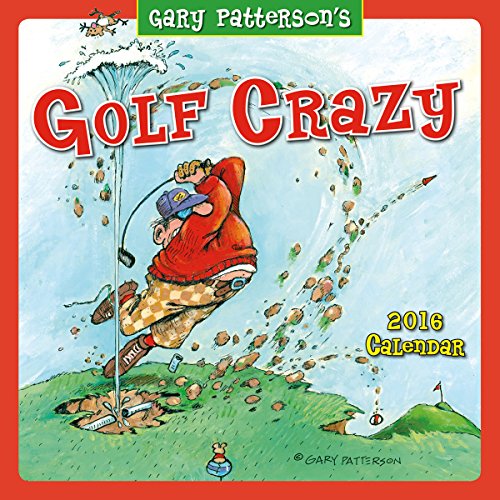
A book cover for Golf Crazy by Gary Patterson 2016 Wall Calendar; Gary Patterson; Calendars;